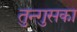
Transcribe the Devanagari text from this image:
तुन्गुसका